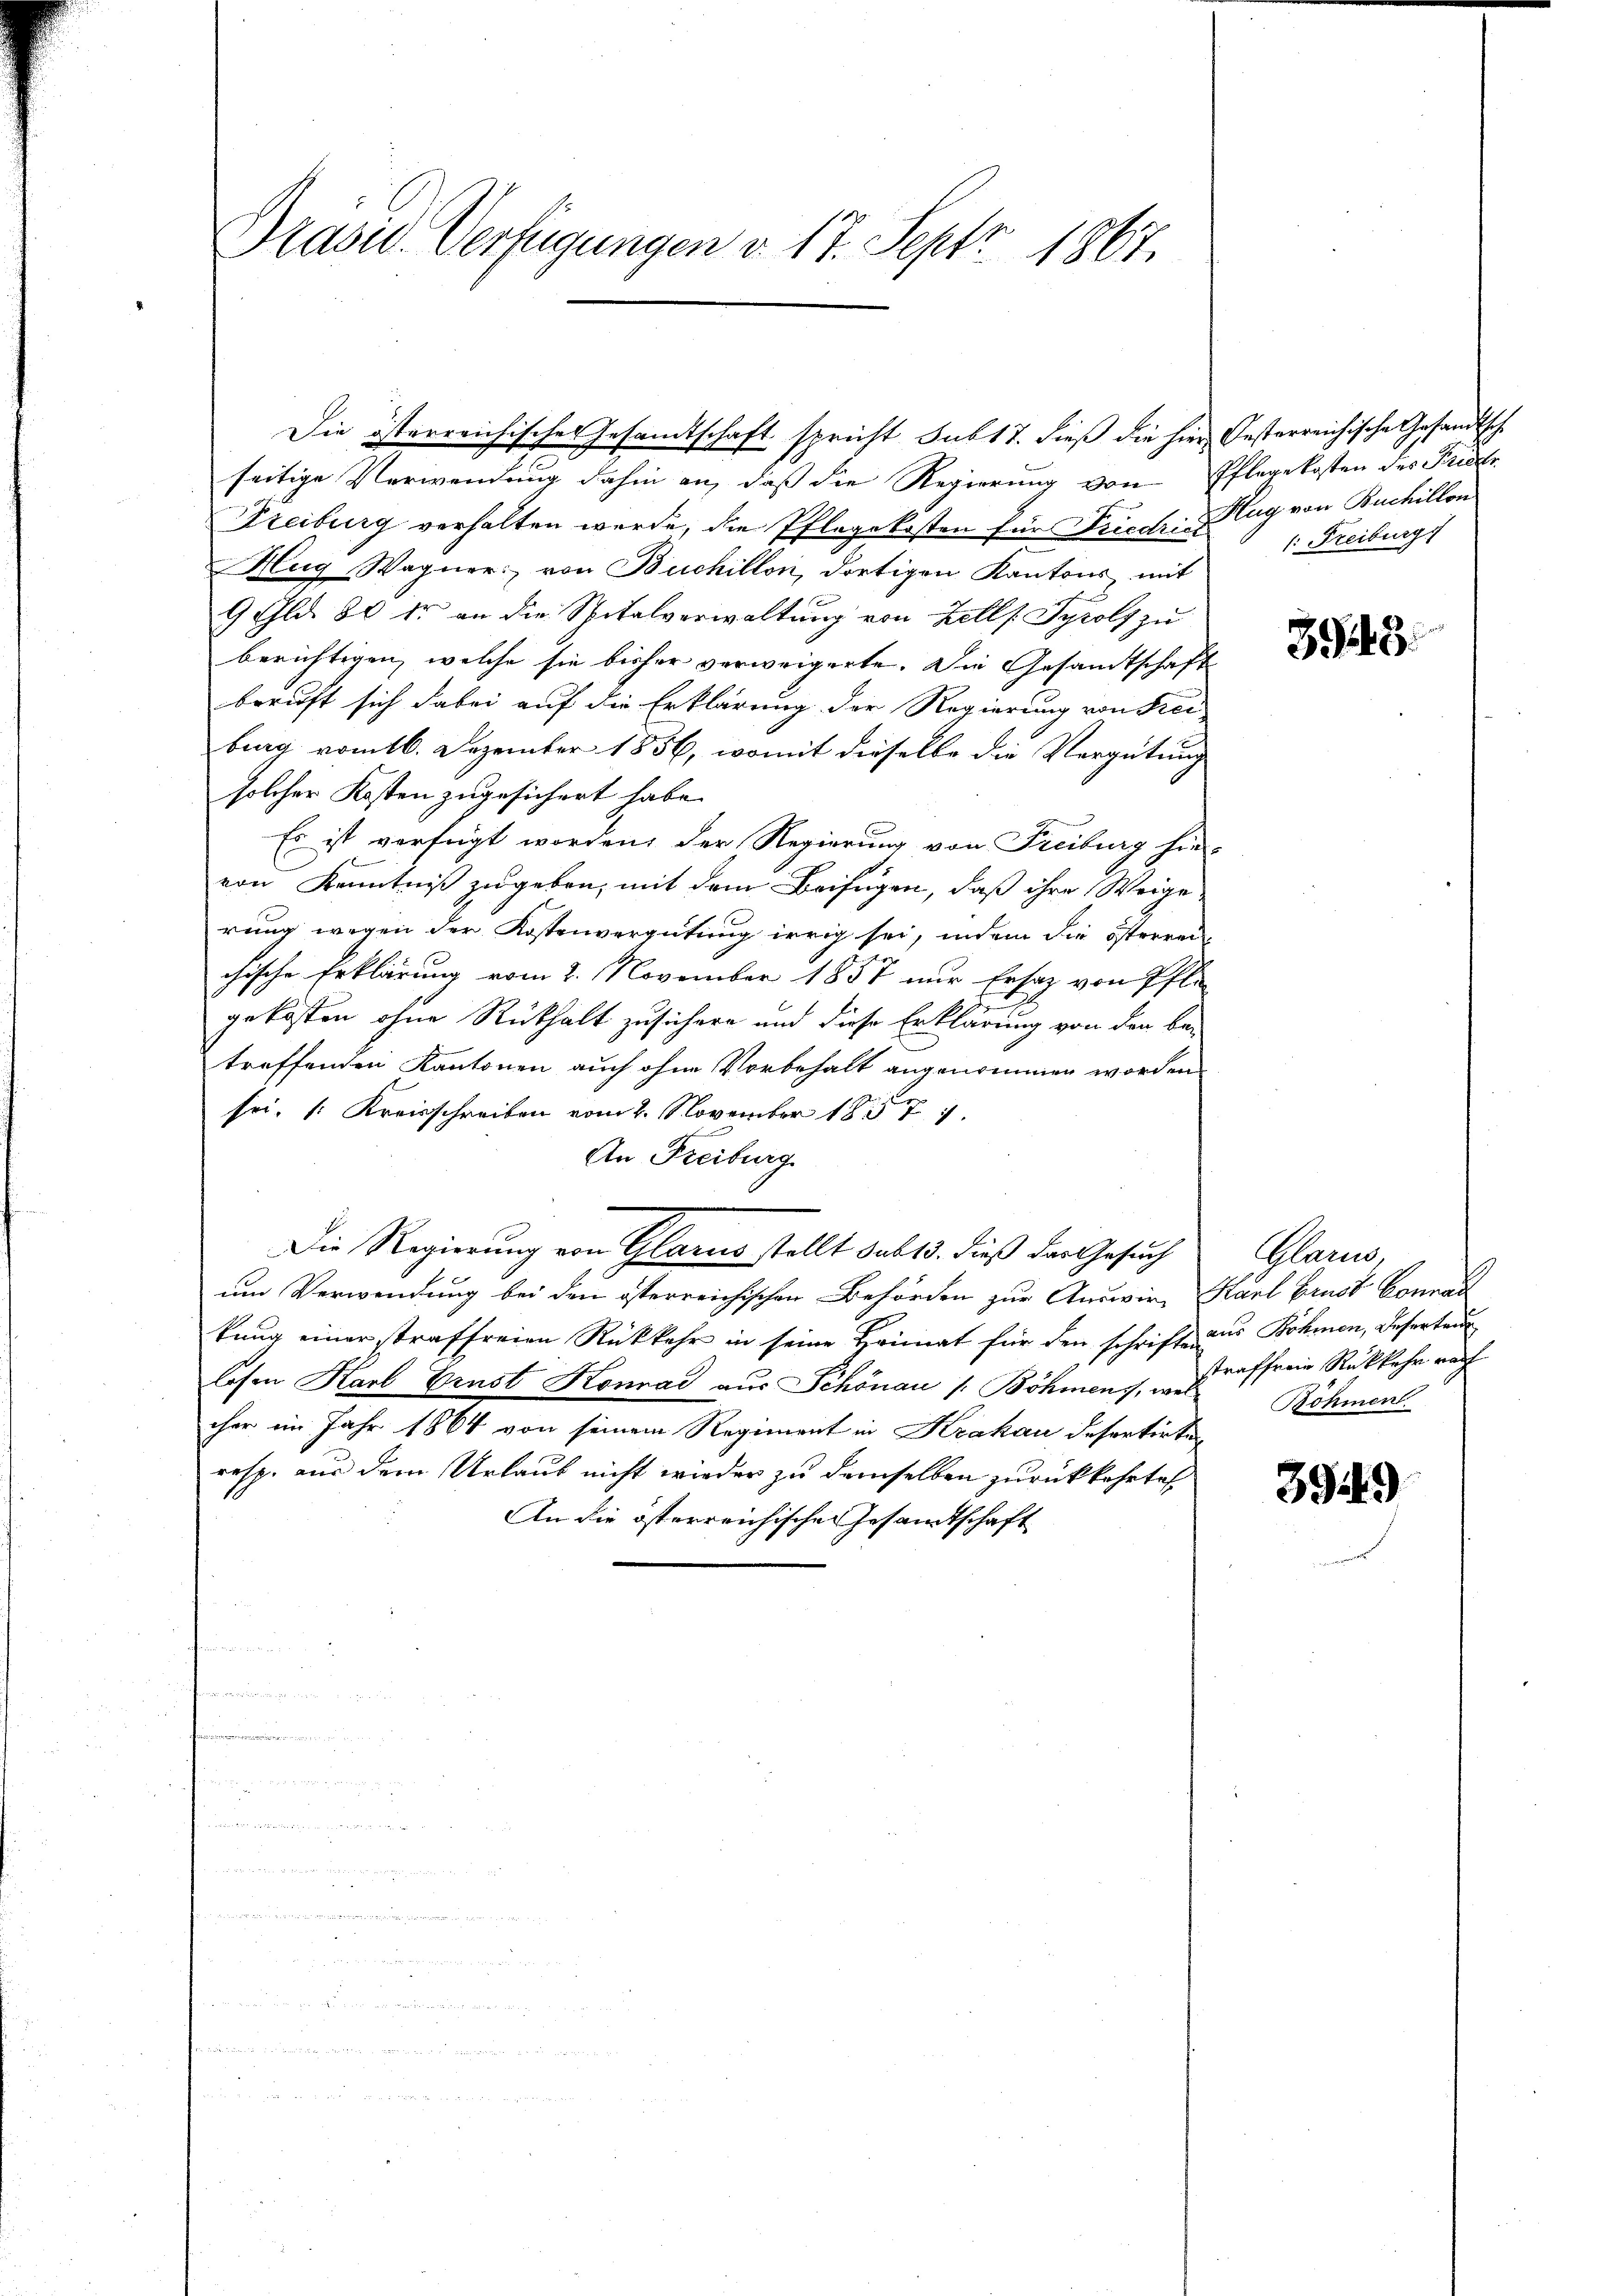
Präsid. Verfügungen v. 17. Sept. 1867.

Die österreichisches Gesandtschaft spricht sub 17. dieß die hier Oesterreichische Gesandtsch
seitige Verwendung dahin an, daß die Regierung von Pflegekosten des Frider
Freiburg verhalten werde, die Pflegekosten für Friedhi Klag von Buchillon
Hug, Wagner: von Buchillon, dortigen Kantons mit
9 Gld. 80 fr an die Spitalverwaltung von Zells Tyrols zu
berichtigen, welche sie bisher verweigerte. Die Gesandtschaft
beruft sich dabei auf die Erklärung der Regierung von Frei-
brag vom 16. Dezember 1856, womit dieselbe die Vergütung
solcher Kosten zugesichert habe.
Es ist verfügt worden, der Regierung von Freiburg hie-
von Kenntniß zugeben, mit dem Beifügen, daß ihre Weige.
rung wegen der Kostenvergütung irrig sei, indem die österren
chische Erklärung vom 2. November 1857 nur Ersatz von Pfli
gekosten ohne Rükhalt zusichern und diese Erklärung von den be-
treffenden Kantonen auch ohne Vorbehalt angenommen worden
sei, k: Kreisschreiben vom 2. November 1857
An Freiburg
Die Regierung von Glarus stellt sub 15. dieß das Gesuch
um Verwendung bei den österreichischen Behörden zur Auswir- Karl Brust Connai
kung einer straffreien Rückkehr in seine Heimat für den schrift aus Böhmen, Deserteur
losen Karl Brust Konrad aus Schönau / Böhmens, auffreie Rükkehr rach
cher im Jahr 1864 von seinem Regiment in Krakau desertirte
resp. aus dem Urlaub nicht wieder zu demselben zurückkehrte
An die österreichischen Gesandtschaft

/: Freiburg

3948.

Glarus,
Böhmen.

3949